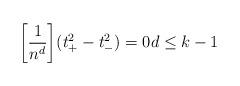
LaTeX: \begin{align*} \biggl[ \frac{1}{n^d} \biggr] (t_+^2 - t_-^2) = 0 d \le k - 1\end{align*}